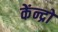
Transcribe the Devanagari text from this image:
केंन्द्रो